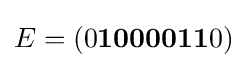
E=(0{\textbf {1000011}}0)